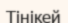
Тінікей